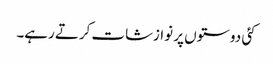
کئی دوستوں پر نوازشات کرتے رہے۔